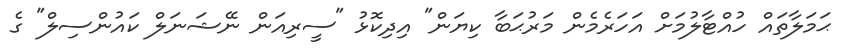
ޙަމަލާތައް ހުއްޓާލުމަށް އަހަރެމެން މަރުޙަބާ ކިޔަން" އިދިކޮޅު "ސީރިއަން ނޭޝަނަލް ކައުންސިލް" ގެ